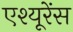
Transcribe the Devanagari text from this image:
एश्यूरेंस